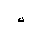
Letter: _kaf